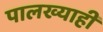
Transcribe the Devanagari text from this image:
पालख्याही